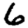
Digit: 6